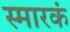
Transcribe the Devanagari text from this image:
स्मारकं